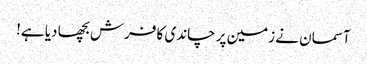
آسمان نے زمین پر چاندی کا فرش بچھا دیا ہے!